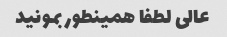
عالى لطفا همینطور بمونید